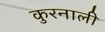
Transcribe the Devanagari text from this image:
कुरनाली